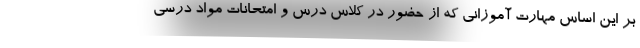
بر این اساس مهارت آموزانی که از حضور در کلاس درس و امتحانات مواد درسی